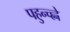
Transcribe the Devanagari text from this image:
पहुन्च्ह्ने